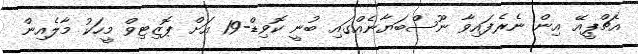
އެޗްޕީއޭ އިން ނެރެފައިވާ ނޫސްބަޔާނެއްގައި ބުނީ ކޮވިޑް-19 އަށް ޕޮޒިޓިވް މީހަކު މާލެއިން